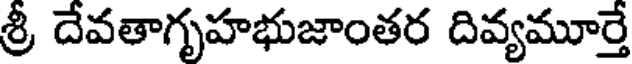
శ్రీ దేవతాగృహభుజాంతర దివ్యమూర్తే